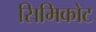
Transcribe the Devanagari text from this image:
सिमिकोट